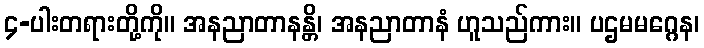
၄-ပါးတရားတို့ကို။ အနညာတာနန္တိ၊ အနညာတာနံ ဟူသည်ကား။ ပဌမမဂ္ဂေန၊